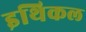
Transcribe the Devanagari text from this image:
इथिकल